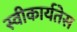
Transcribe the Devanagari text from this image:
स्वीकार्यतेस